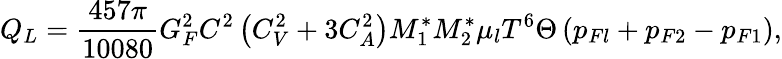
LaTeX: Q_{L}=\frac{457\pi}{10080}G_{F}^{2}C^{2}\left(C_{V}^{2}+3C_{A}^{2}\right)M_{1}^{\ast}M_{2}^{\ast}\mu_{l}T^{6}\Theta\left(p_{Fl}+p_{F2}-p_{F1}\right),